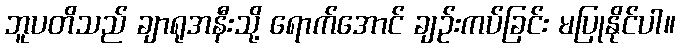
ဘူပတိသည် ချာရုအနီးသို့ ရောက်အောင် ချဉ်းကပ်ခြင်း မပြုနိုင်ပါ။